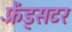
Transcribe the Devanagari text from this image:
फ़्रेंड्सटर